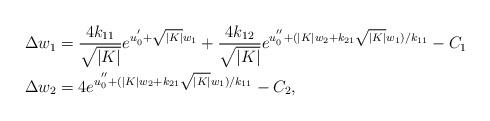
LaTeX: \begin{align*}\Delta w_1 &= \frac{4k_{11}}{\sqrt{|K|}}e^{u_0^{'}+\sqrt{|K|}w_1}+\frac{4k_{12}}{\sqrt{|K|}}e^{u_0^{''}+(|K|w_2+k_{21}\sqrt{|K|}w_1)/k_{11}}-C_1\\\Delta w_2 &=4 e^{u_0^{''}+(|K|w_2+k_{21}\sqrt{|K|}w_1)/k_{11}}-C_2,\end{align*}